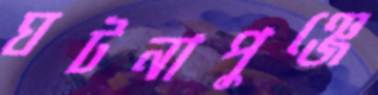
ঘটনাপুঞ্জে